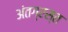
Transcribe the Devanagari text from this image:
अंतग्रस्त